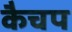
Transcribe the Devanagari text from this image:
कैचप